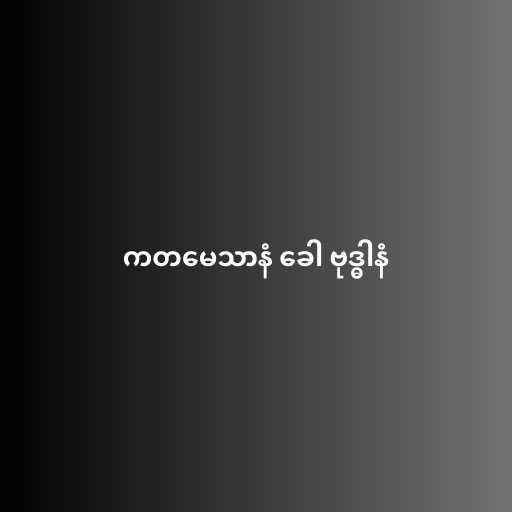
ကတမေသာနံ ခေါ ဗုဒ္ဓါနံ